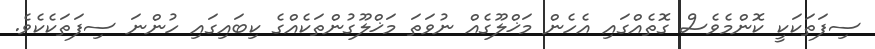
ސިފަތަކަކީ ކޮންމެވެސް ގޮތެއްގައި އެހެން މަޚްލޫގެއް ނުވަތަ މަޚްލޫގުންތަކެއްގެ ކިބައިގައި ހުންނަ ސިފަތަކެކެވެ.